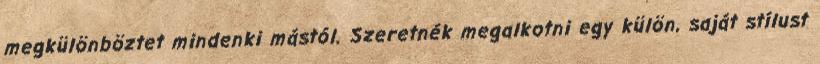
megkülönböztet mindenki mástól. Szeretnék megalkotni egy külön, saját stílust